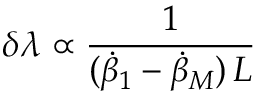
\delta \lambda \propto \frac { 1 } { ( \dot { \beta } _ { 1 } - \dot { \beta } _ { M } ) \, L }